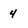
Character: 4